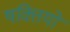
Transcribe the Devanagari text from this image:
षक्तियों